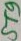
Text: ST9